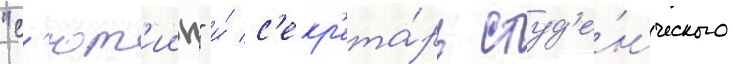
"с'ют'иин" и́ с'екр'ета́рь студ'е́нческого